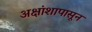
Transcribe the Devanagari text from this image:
अक्षांशापासून